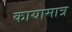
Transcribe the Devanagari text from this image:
कायामात्र